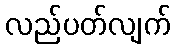
လည်ပတ်လျက်